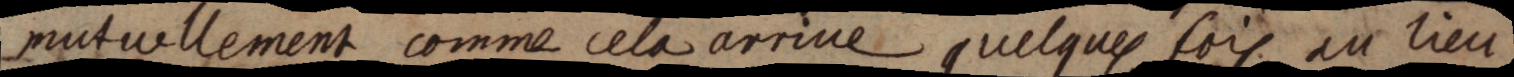
mutuellement comme cela arrive quelques fois au lieu